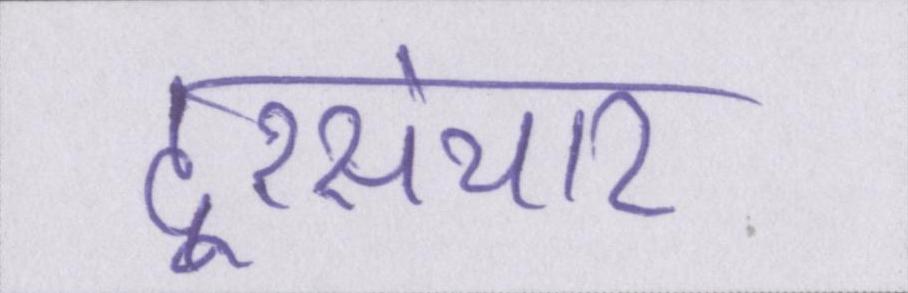
दूरसंचार